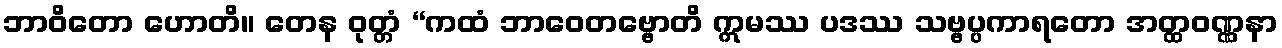
ဘာဝိတော ဟောတိ။ တေန ဝုတ္တံ “ကထံ ဘာဝေတဗ္ဗောတိ ဣမဿ ပဒဿ သဗ္ဗပ္ပကာရတော အတ္ထဝဏ္ဏနာ